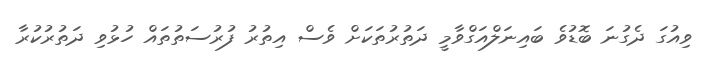
ވިއުގަ ދެގުނަ ބޮޑުވެ ބައިނަލްއަގްވާމީ ދަތުރުތަކަށް ވެސް އިތުރު ފުރުސަތުތައް ހުޅުވި ދަތުރުކުރާ